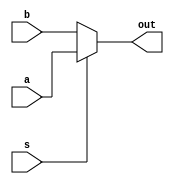
`timescale 1ns / 1ps
//////////////////////////////////////////////////////////////////////////////////
// Company: 
// Engineer: 
// 
// Design Name: 
// Module Name: mux_2to1
// Project Name: 
// Target Devices: 
// Tool Versions: 
// Description: 
// 
// Dependencies: 
// 
// Revision:
// Revision 0.01 - File Created
// Additional Comments:
// 
//////////////////////////////////////////////////////////////////////////////////


module mux_2to1(
    input s,
    input a,
    input b,
    output out
    );
    
    assign out = (s) ? a : b;
endmodule